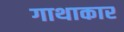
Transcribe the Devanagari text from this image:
गाथाकार